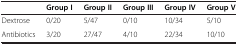
<table><thead><tr><td><b> </b></td><td><b>Group I</b></td><td><b>Group II</b></td><td><b>Group III</b></td><td><b>Group IV</b></td><td><b>Group V</b></td></tr></thead><tbody><tr><td>Dextrose</td><td>0/20</td><td>5/47</td><td>0/10</td><td>10/34</td><td>5/10</td></tr><tr><td>Antibiotics</td><td>3/20</td><td>27/47</td><td>4/10</td><td>22/34</td><td>10/10</td></tr></tbody></table>